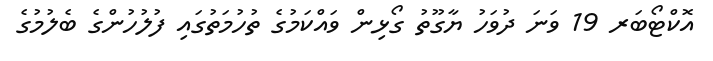
އޮކްޓޯބަރ 19 ވަނަ ދުވަހު ޔާގޫތު ގޯޅިން ވައްކަމުގެ ތުހުމަތުގައި ފުލުހުންގެ ބެލުމުގެ